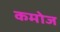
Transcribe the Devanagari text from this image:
कमोज